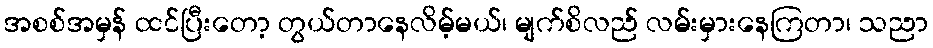
အစစ်အမှန် ထင်ပြီးတော့ တွယ်တာနေလိမ့်မယ်၊ မျက်စိလည် လမ်းမှားနေကြတာ၊ သညာ